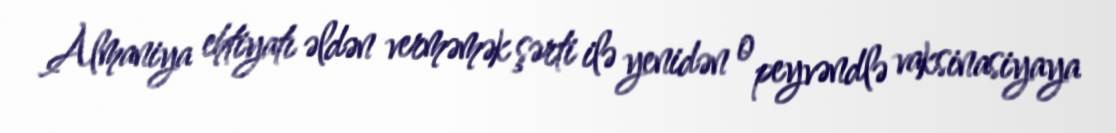
Almaniya ehtiyatı əldən verməmək şərti ilə yenidən o peyvəndlə vaksinasiyaya